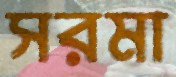
সরমা